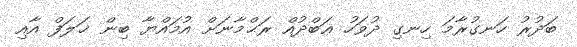
ބަދުރު ހަނގުރާމަ ހިނގި ދުވަހު ޢަބްދުއް ރަޙްމާނަށް އުމައްޔާ ބިން ޚަލަފް އާއި